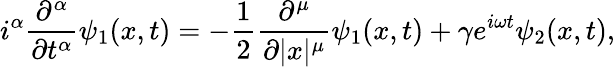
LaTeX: i^{\alpha}\frac{\partial^{\alpha}}{\partial t^{\alpha}}\psi_{1}(x,t)=-\frac{1}{2}\frac{\partial^{\mu}}{\partial|x|^{\mu}}\psi_{1}(x,t)+\gamma e^{i\omega t}\psi_{2}(x,t),